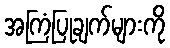
အကြံပြုချက်များကို